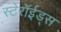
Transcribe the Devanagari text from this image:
स्टेरॉईड्स